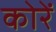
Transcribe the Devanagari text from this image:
कोरें